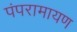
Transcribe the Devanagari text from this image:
पंपरामायण